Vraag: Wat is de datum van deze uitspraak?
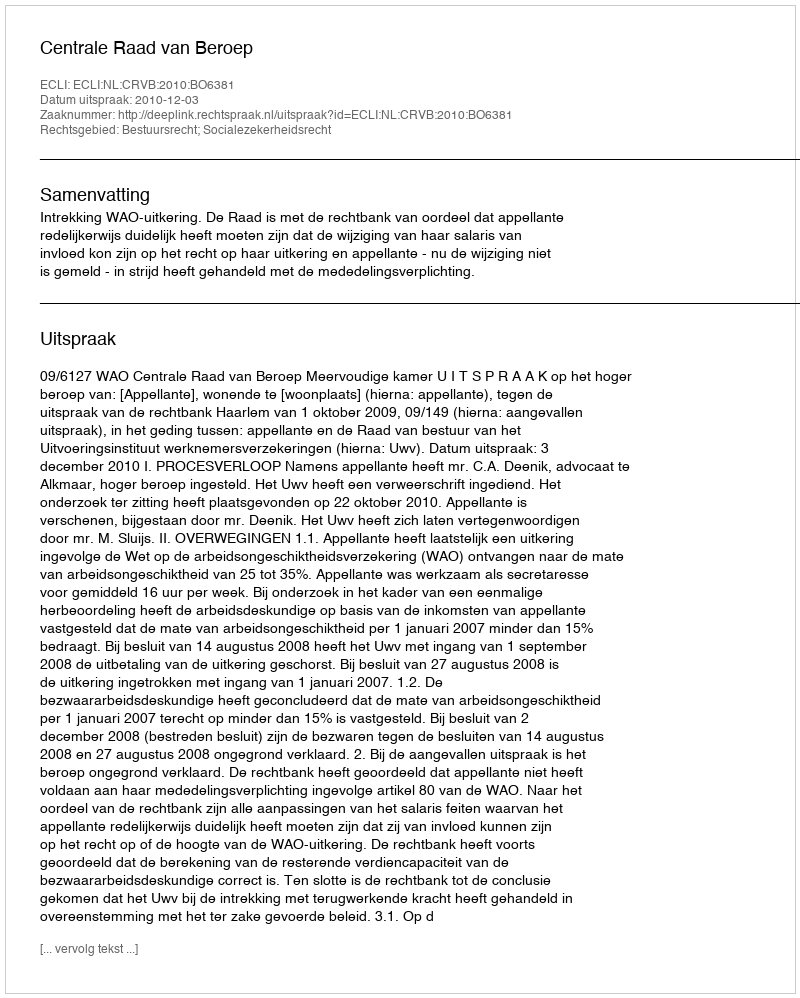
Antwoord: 2010-12-03